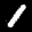
Label: 1